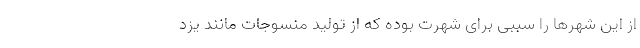
از این شهرها را سببی برای شهرت بوده که از تولید منسوجات مانند یزد